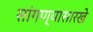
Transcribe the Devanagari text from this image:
सांगण्यासारखे